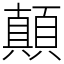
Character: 顛